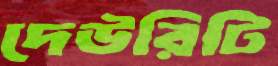
দেউরিটি